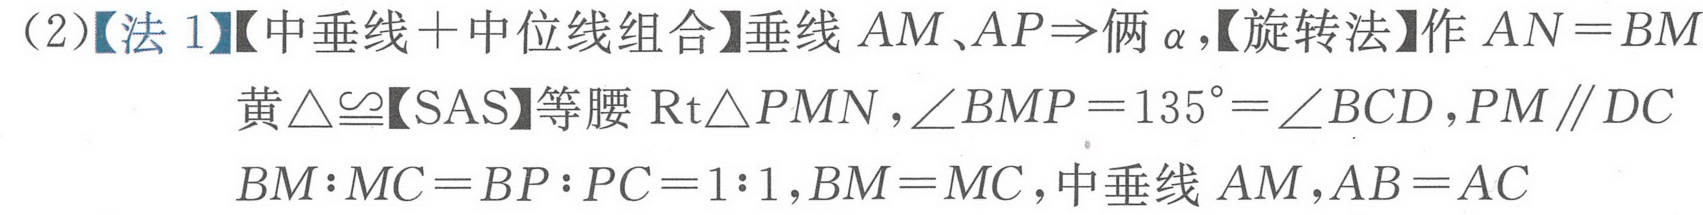
（2）【法 1】【中垂线＋中位线组合】垂线 \(AM\)、\(AP\Rightarrow\)俩 \(\alpha\)，【旋转法】作 \(AN = BM\)
黄\(\triangle\cong\)【\(SAS\)】等腰 \(\text{Rt}\triangle PMN\)，\(\angle BMP = 135^{\circ}=\angle BCD\)，\(PM\parallel DC\)
\(BM:MC = BP:PC = 1:1\)，\(BM = MC\)，中垂线 \(AM\)，\(AB = AC\)